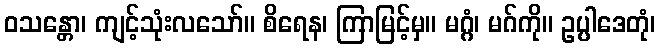
ဝသန္တော၊ ကျင့်သုံးလသော်။ စိရေန၊ ကြာမြင့်မှ။ မဂ္ဂံ၊ မဂ်ကို။ ဥပ္ပါဒေတုံ၊